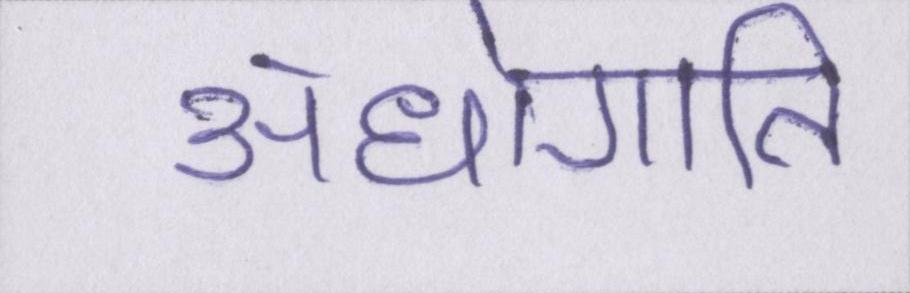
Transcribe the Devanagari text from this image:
अधोगति